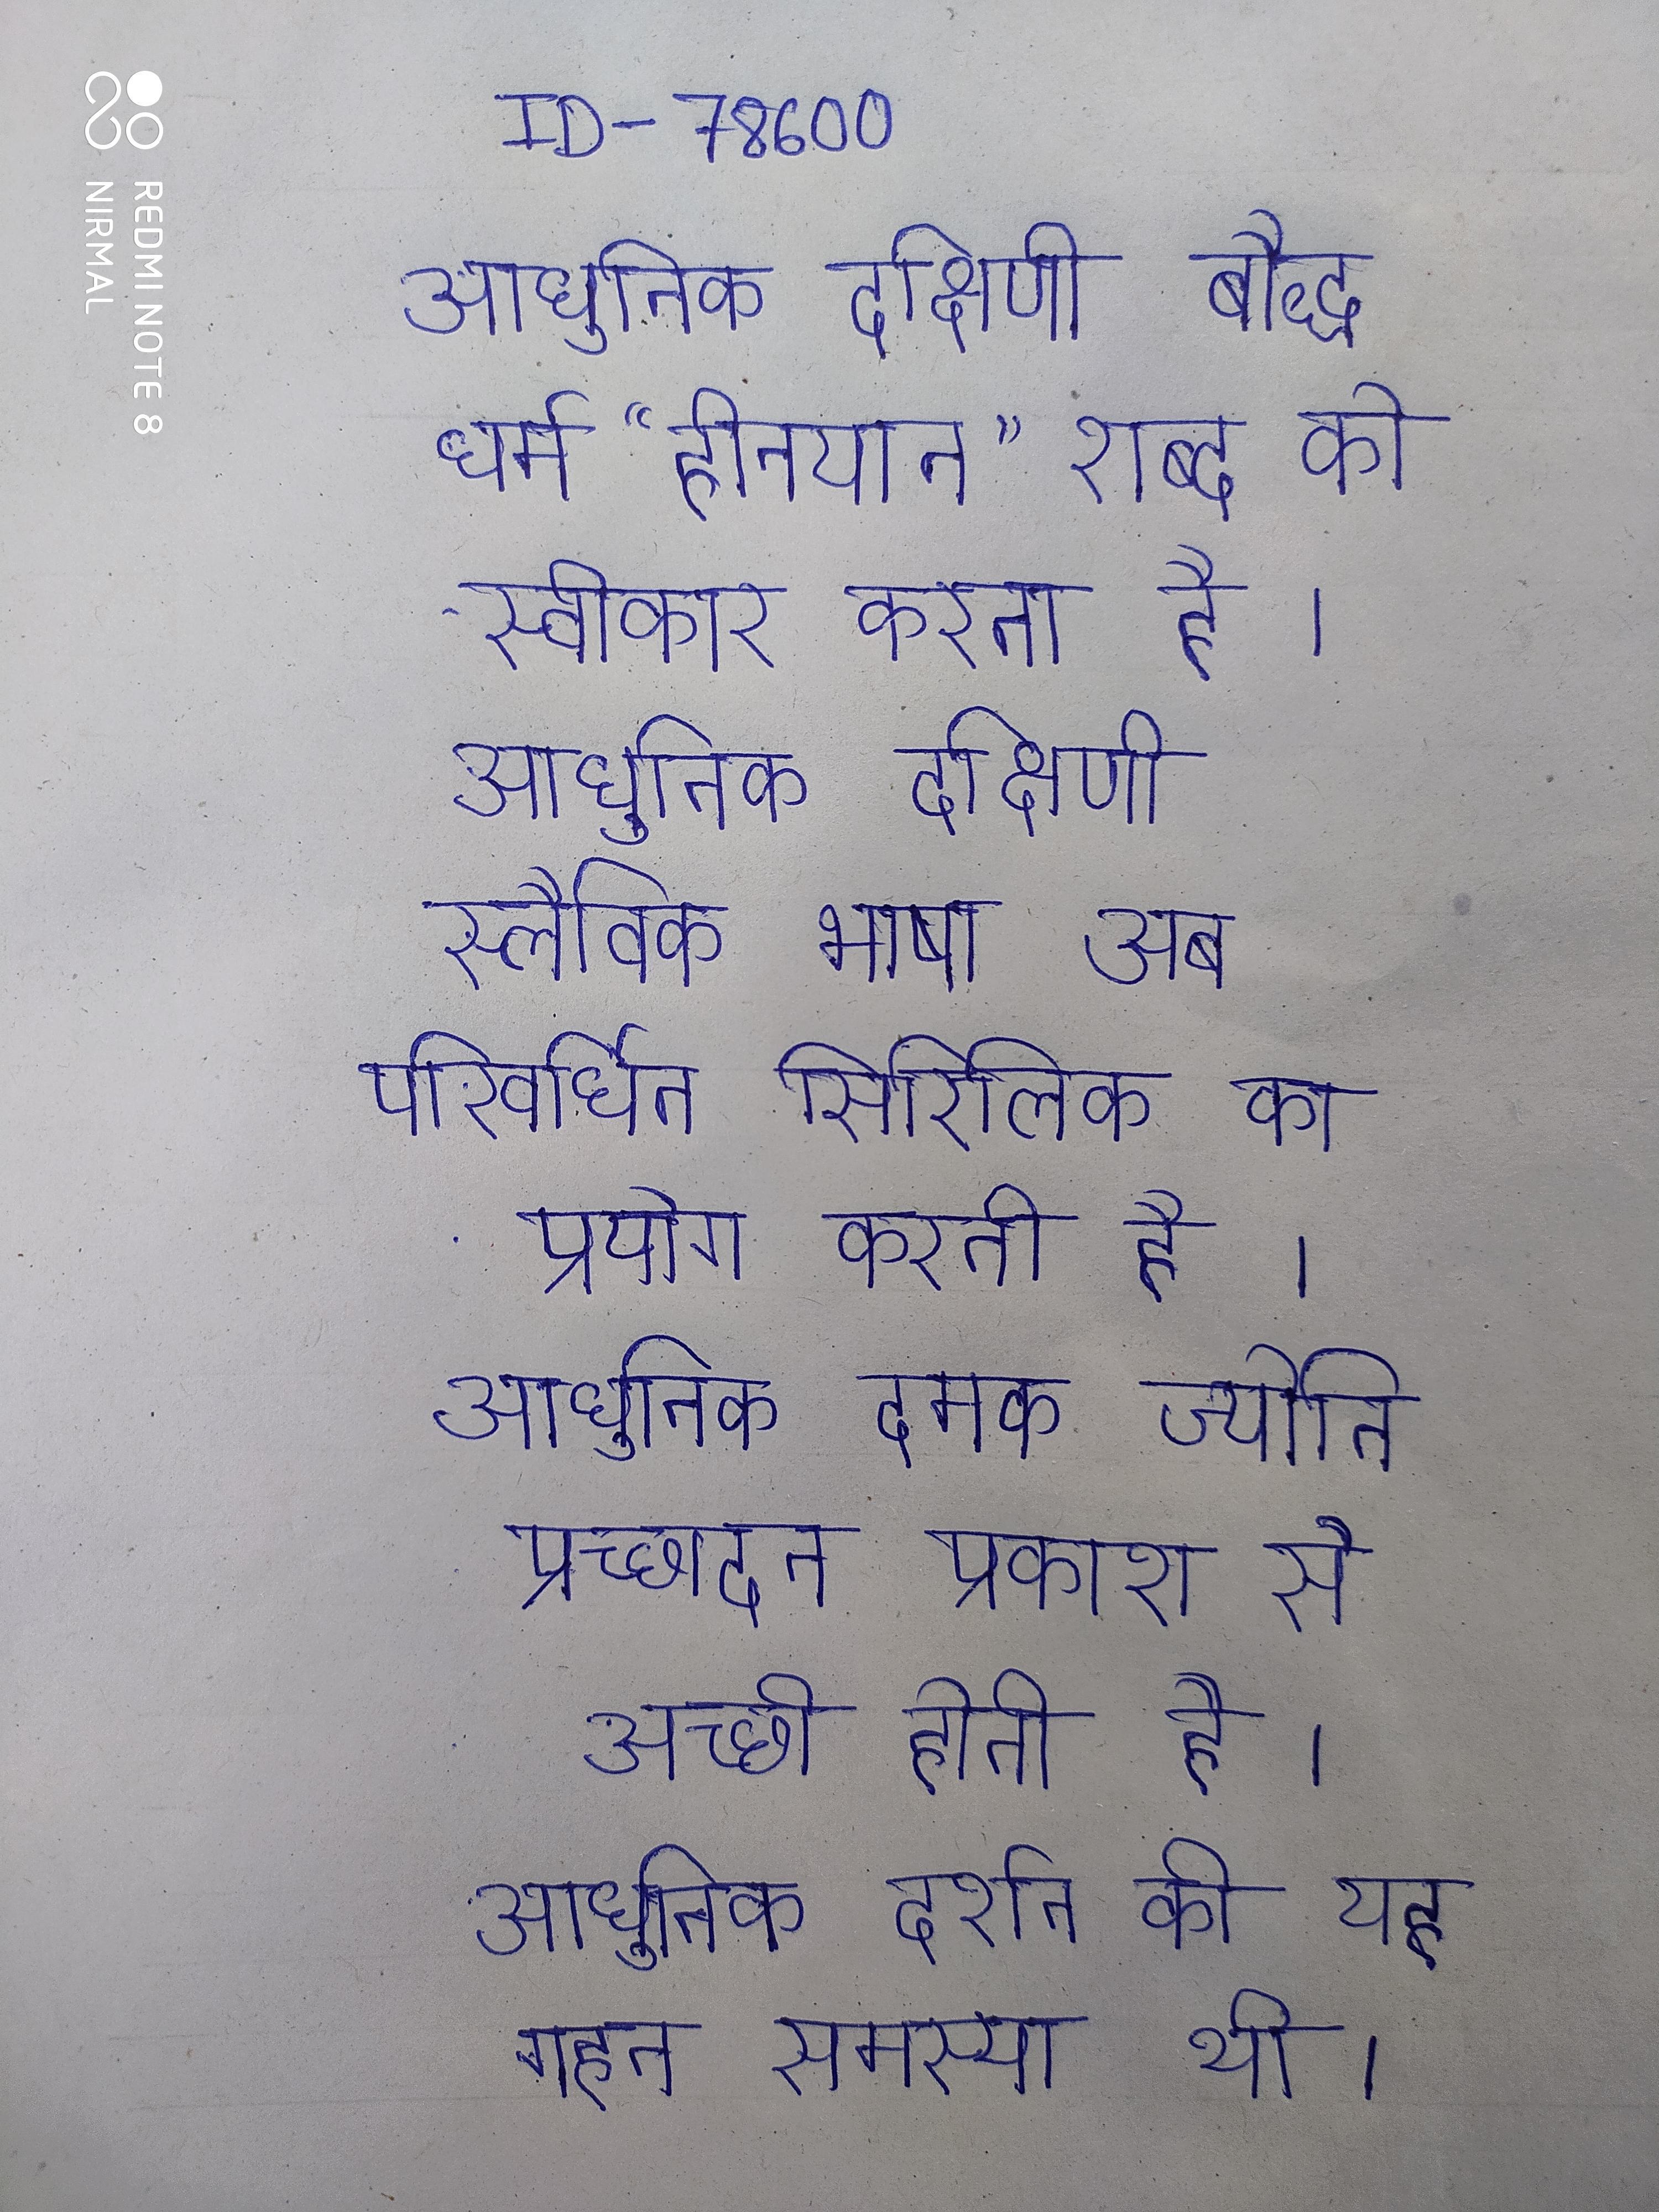
आधुनिक दक्षिणी बौद्ध धर्म "हीनयान" शब्द को स्वीकार करता है । आधुनिक दक्षिणी स्लैविक भाषा अब परिवर्धित सिरिलिक का प्रयोग करती है । आधुनिक दमक ज्योति प्रच्छादन प्रकाश से अच्छी होती है । आधुनिक दर्शन की यह गहन समस्या थी ।